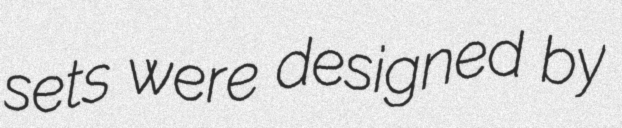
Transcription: sets were designed by